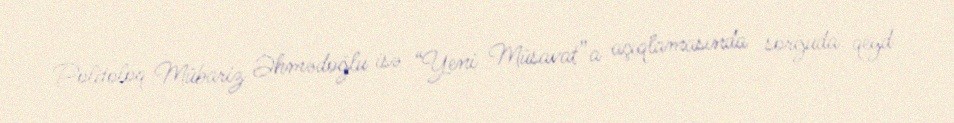
Politoloq Mübariz Əhmədoğlu isə “Yeni Müsavat”a açıqlamasında sorğuda qeyd